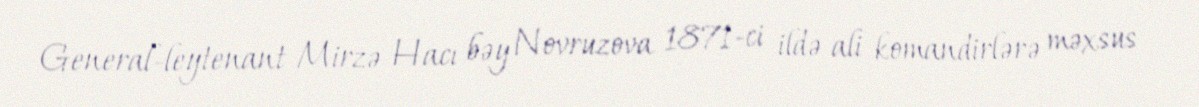
General-leytenant Mirzə Hacı bəy Novruzova 1871-ci ildə ali komandirlərə məxsus